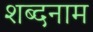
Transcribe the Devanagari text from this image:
शब्दनाम